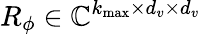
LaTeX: R_{\phi}\in\mathbb{C}^{k_{\operatorname*{max}}\times d_{v}\times d_{v}}